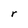
Character: r